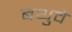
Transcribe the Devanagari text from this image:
बथुवे